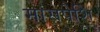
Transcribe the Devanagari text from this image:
मांसपेशि